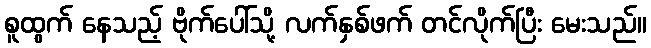
စူထွက် နေသည့် ဗိုက်ပေါ်သို့ လက်နှစ်ဖက် တင်လိုက်ပြီး မေးသည်။